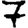
Digit: 7